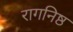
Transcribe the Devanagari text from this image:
रागनिष्ठ